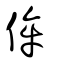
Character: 侔